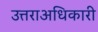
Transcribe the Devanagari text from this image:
उत्तराअधिकारी